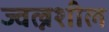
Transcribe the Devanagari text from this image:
ज्वल्नशील